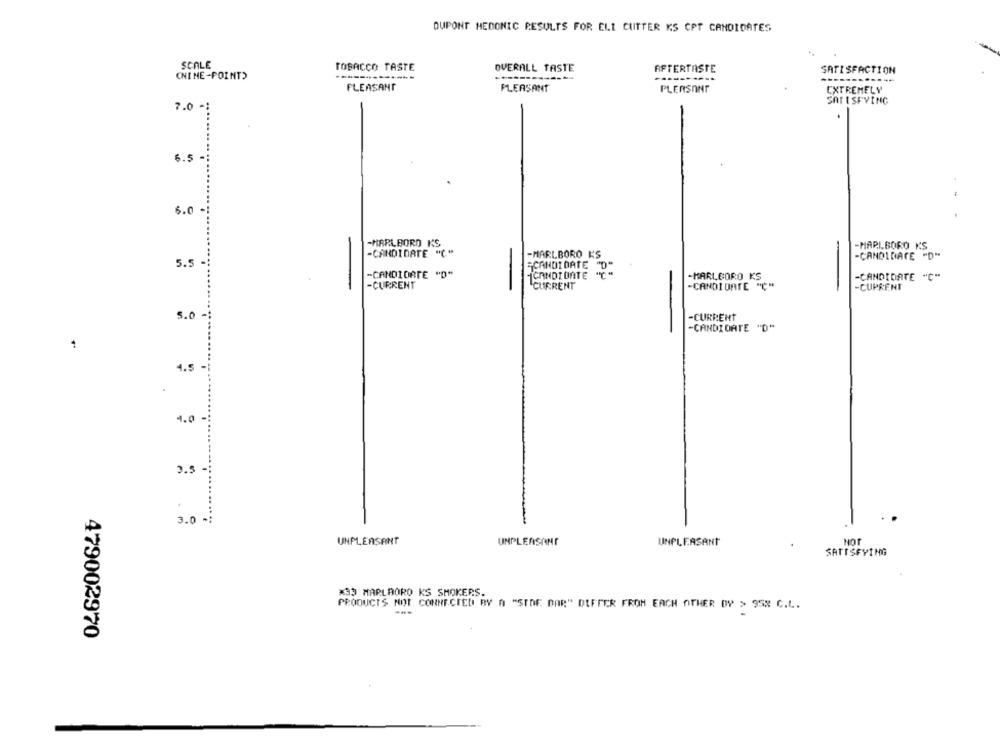
DUPONT HEDONIC RESULTS FOR ELL CUTTER KS CPT CANDIDATES
SCALE
TOBACCO TASTE
OVERALL TASTE
(NINE-POINT)
AFTERTASTE
SATISFACTION
PLEASANT
PLEASANT
PLEASANT
EXTREMELY
SATISFYING
.
6.5
6.0 -
-MARLBORO KS
-MARLBORO KS
-CANDIDATE "C"
-MARLBORO K'S
-CANDIDATE "D"
5.5
"CANDI DATE "D"
-CANDIDATE "O"
CANDIDATE "C"
-MARLBORO KS
-CANDIDATE "C"
-CURRENT
CURRENT
-CANDIDATE "C"
-CURRENT
-
5.0 -
-CURRENT
-CANDIDATE "D"
4.5 -
.
4.0-
3.5
3.0 .
-
UNPLEASANT
NOT
UNPLEASANT
UNPLEASANT
SATISFYING
*33 MARLBORO KS SMOKERS.
PRODUCTS NOT CONNECTED BY A "SIDE BAR" DIFFER FROM EACH OTHER DY > 952 C.L.
479002970